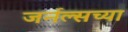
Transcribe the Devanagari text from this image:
जर्नल्सच्या